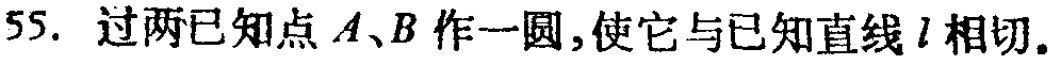
55. 过两已知点\(A、B\)作一圆，使它与已知直线\(l\)相切。